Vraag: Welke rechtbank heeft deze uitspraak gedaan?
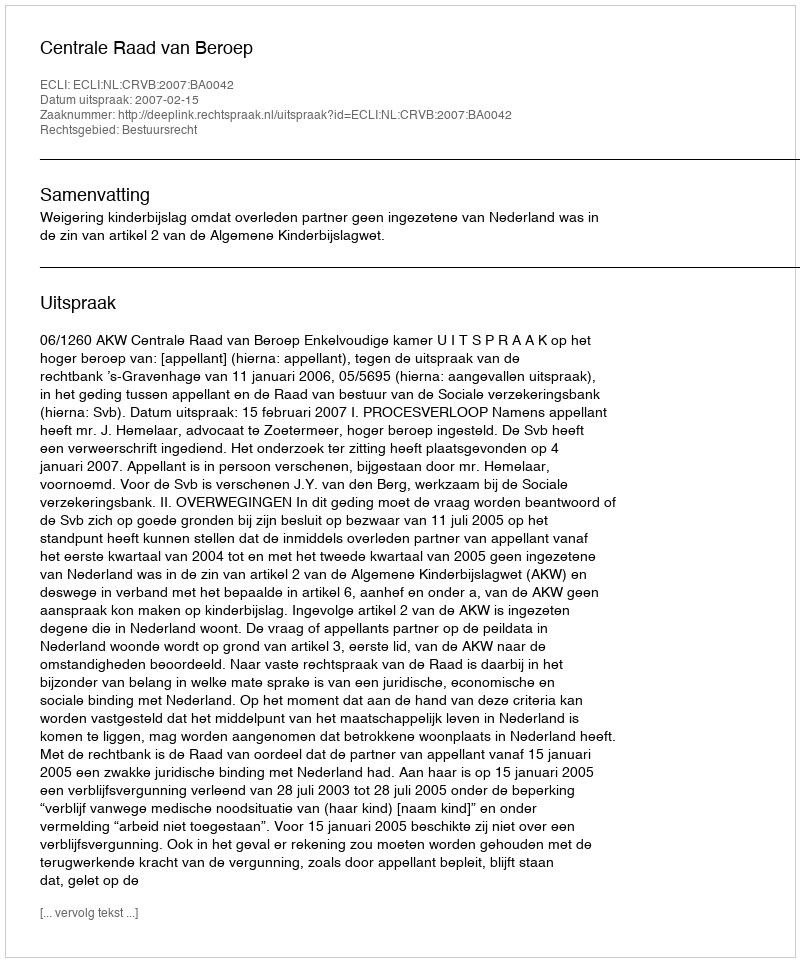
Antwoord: Centrale Raad van Beroep